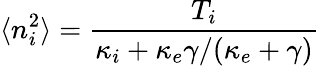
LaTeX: \langle n_{i}^{2}\rangle=\frac{T_{i}}{\kappa_{i}+\kappa_{e}\gamma/(\kappa_{e}+\gamma)}